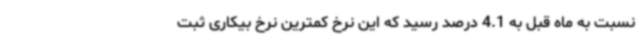
نسبت به ماه قبل به 4.1 درصد رسید که این نرخ کمترین نرخ بیکاری ثبت